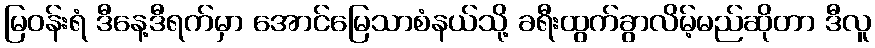
မြဝန်းရံ ဒီနေ့ဒီရက်မှာ အောင်မြေသာစံနယ်သို့ ခရီးထွက်ခွာလိမ့်မည်ဆိုတာ ဒီလူ